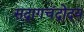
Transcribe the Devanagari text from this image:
सद्रागचंद्रोदय